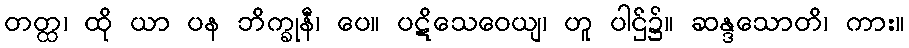
တတ္ထ၊ ထို ယာ ပန ဘိက္ခုနီ၊ ပေ။ ပဋိသေဝေယျ၊ ဟူ ပါဌ်၌။ ဆန္ဒသောတိ၊ ကား။